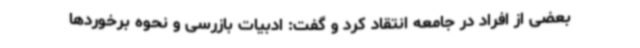
بعضی از افراد در جامعه انتقاد کرد و گفت: ادبیات بازرسی و نحوه برخوردها